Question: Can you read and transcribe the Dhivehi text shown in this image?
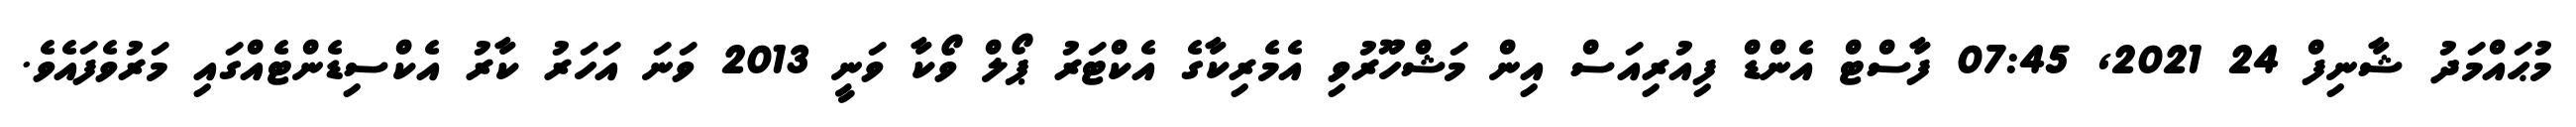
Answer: މުޙައްމަދު ޝާނިފް 24 2021, 07:45 ފާސްޓް އެންޑް ފިއުރިއަސް އިން މަޝްހޫރުވި އެމެރިކާގެ އެކްޓަރު ޕޯލް ވޯކާ ވަނީ 2013 ވަނަ އަހަރު ކާރު އެކްސިޑެންޓެއްގައި މަރުވެފައެވެ.